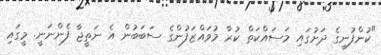
"ކުންފުނީގެ ދަށުގައި މަސައްކަތް ކުރާ މުވައްޒަފުންގެ ސަބަބުން އެ ނަތީޖާ ފެންނަނީ. މީގައި